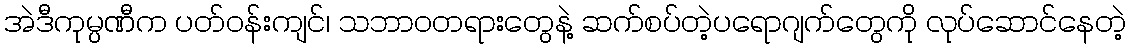
အဲဒီကုမ္ပဏီက ပတ်ဝန်းကျင်၊ သဘာဝတရားတွေနဲ့ ဆက်စပ်တဲ့ပရောဂျက်တွေကို လုပ်ဆောင်နေတဲ့